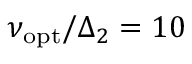
\nu _ { \mathrm { o p t } } / \Delta _ { 2 } = 1 0